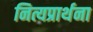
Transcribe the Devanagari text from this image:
नित्यप्रार्थना